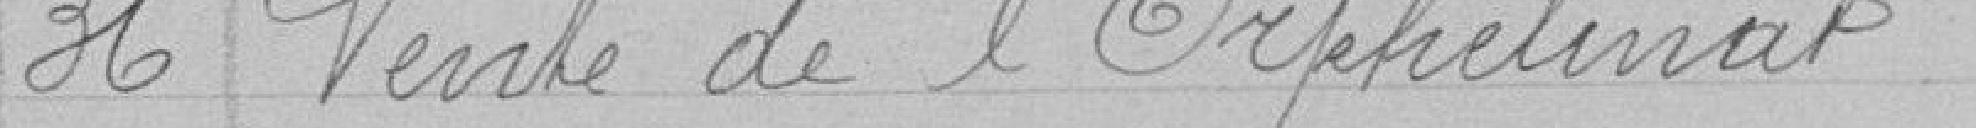
86 - Vente de l'Orphelinat